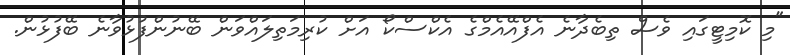
"މި ކޮމިޓީގައި ވެސް ތިބެދާނެ އެފްއޭއެމްގެ އެކްސްކޯ އަށް ކުރިމަތިލައްވަން ބޭނުންފުޅުވާނެ ބޭފުޅުން.